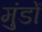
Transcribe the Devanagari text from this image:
मुंडों